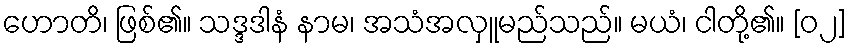
ဟောတိ၊ ဖြစ်၏။ သဒ္ဒဒါနံ နာမ၊ အသံအလှူမည်သည်။ မယံ၊ ငါတို့၏။ [၀၂]